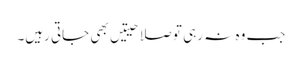
جب وہ نہ رہی تو صلاحیتیں بھی جاتی رہیں۔